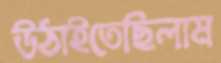
উঠাইতেছিলাম